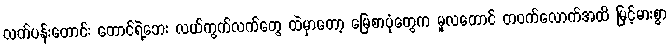
လက်ပန်းတောင်း တောင်ရဲ့ဘေး လယ်ကွက်လက်တွေ ထဲမှာတော့ မြေစာပုံတွေက မူလတောင် တဝက်လောက်အထိ မြင့်မားစွာ